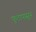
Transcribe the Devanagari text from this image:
फूटापासून